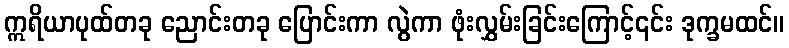
ဣရိယာပုထ်တခု ညောင်းတခု ပြောင်းကာ လွဲကာ ဖုံးလွှမ်းခြင်းကြောင့်၎င်း ဒုက္ခမထင်။